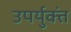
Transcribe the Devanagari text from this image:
उपर्युक्तं